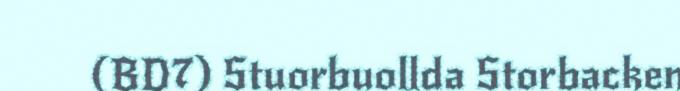
(BD7) Stuorbuollda Storbacken